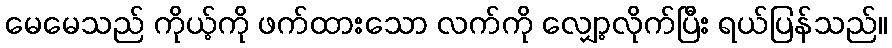
မေမေသည် ကိုယ့်ကို ဖက်ထားသော လက်ကို လျှော့လိုက်ပြီး ရယ်ပြန်သည်။